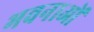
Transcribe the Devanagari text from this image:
भवनाओं